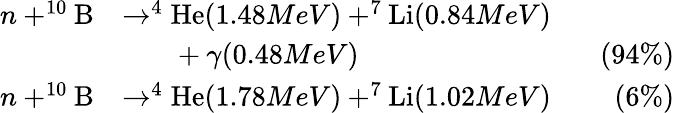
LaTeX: \begin{array}{rlr}{n+^{10}\mathrm{B}}&{\rightarrow^{4}\mathrm{He}(1.48MeV)+^{7}\mathrm{Li}(0.84MeV)}\\ &{~~~~~~~+\gamma(0.48MeV)~~~}&{(94\% )}\\ {n+^{10}\mathrm{B}}&{\rightarrow^{4}\mathrm{He}(1.78MeV)+^{7}\mathrm{Li}(1.02MeV)~~~}&{(6\% )}\end{array}